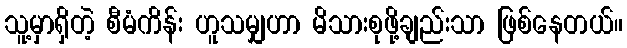
သူ့မှာရှိတဲ့ စီမံကိန်း ဟူသမျှဟာ မိသားစုဖို့ချည်းသာ ဖြစ်နေတယ်။